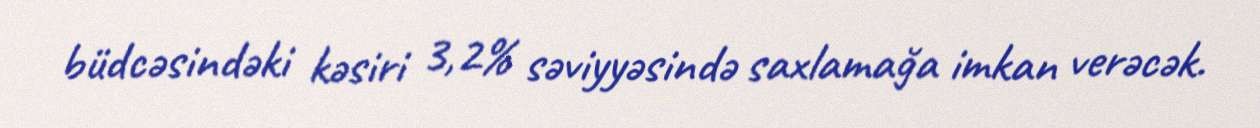
büdcəsindəki kəsiri 3,2% səviyyəsində saxlamağa imkan verəcək.